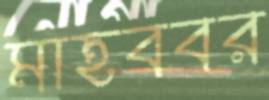
মাহববর